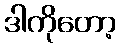
ဒါကိုတော့